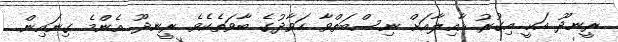
ރީނދޫ އަކީ އިގުރު އާއިލާއަށް ނިސްބަތްވާ ހަވާދުގެ ބާވަތެކެވެ. ރީނދޫ އެންމެ ގިނައިން